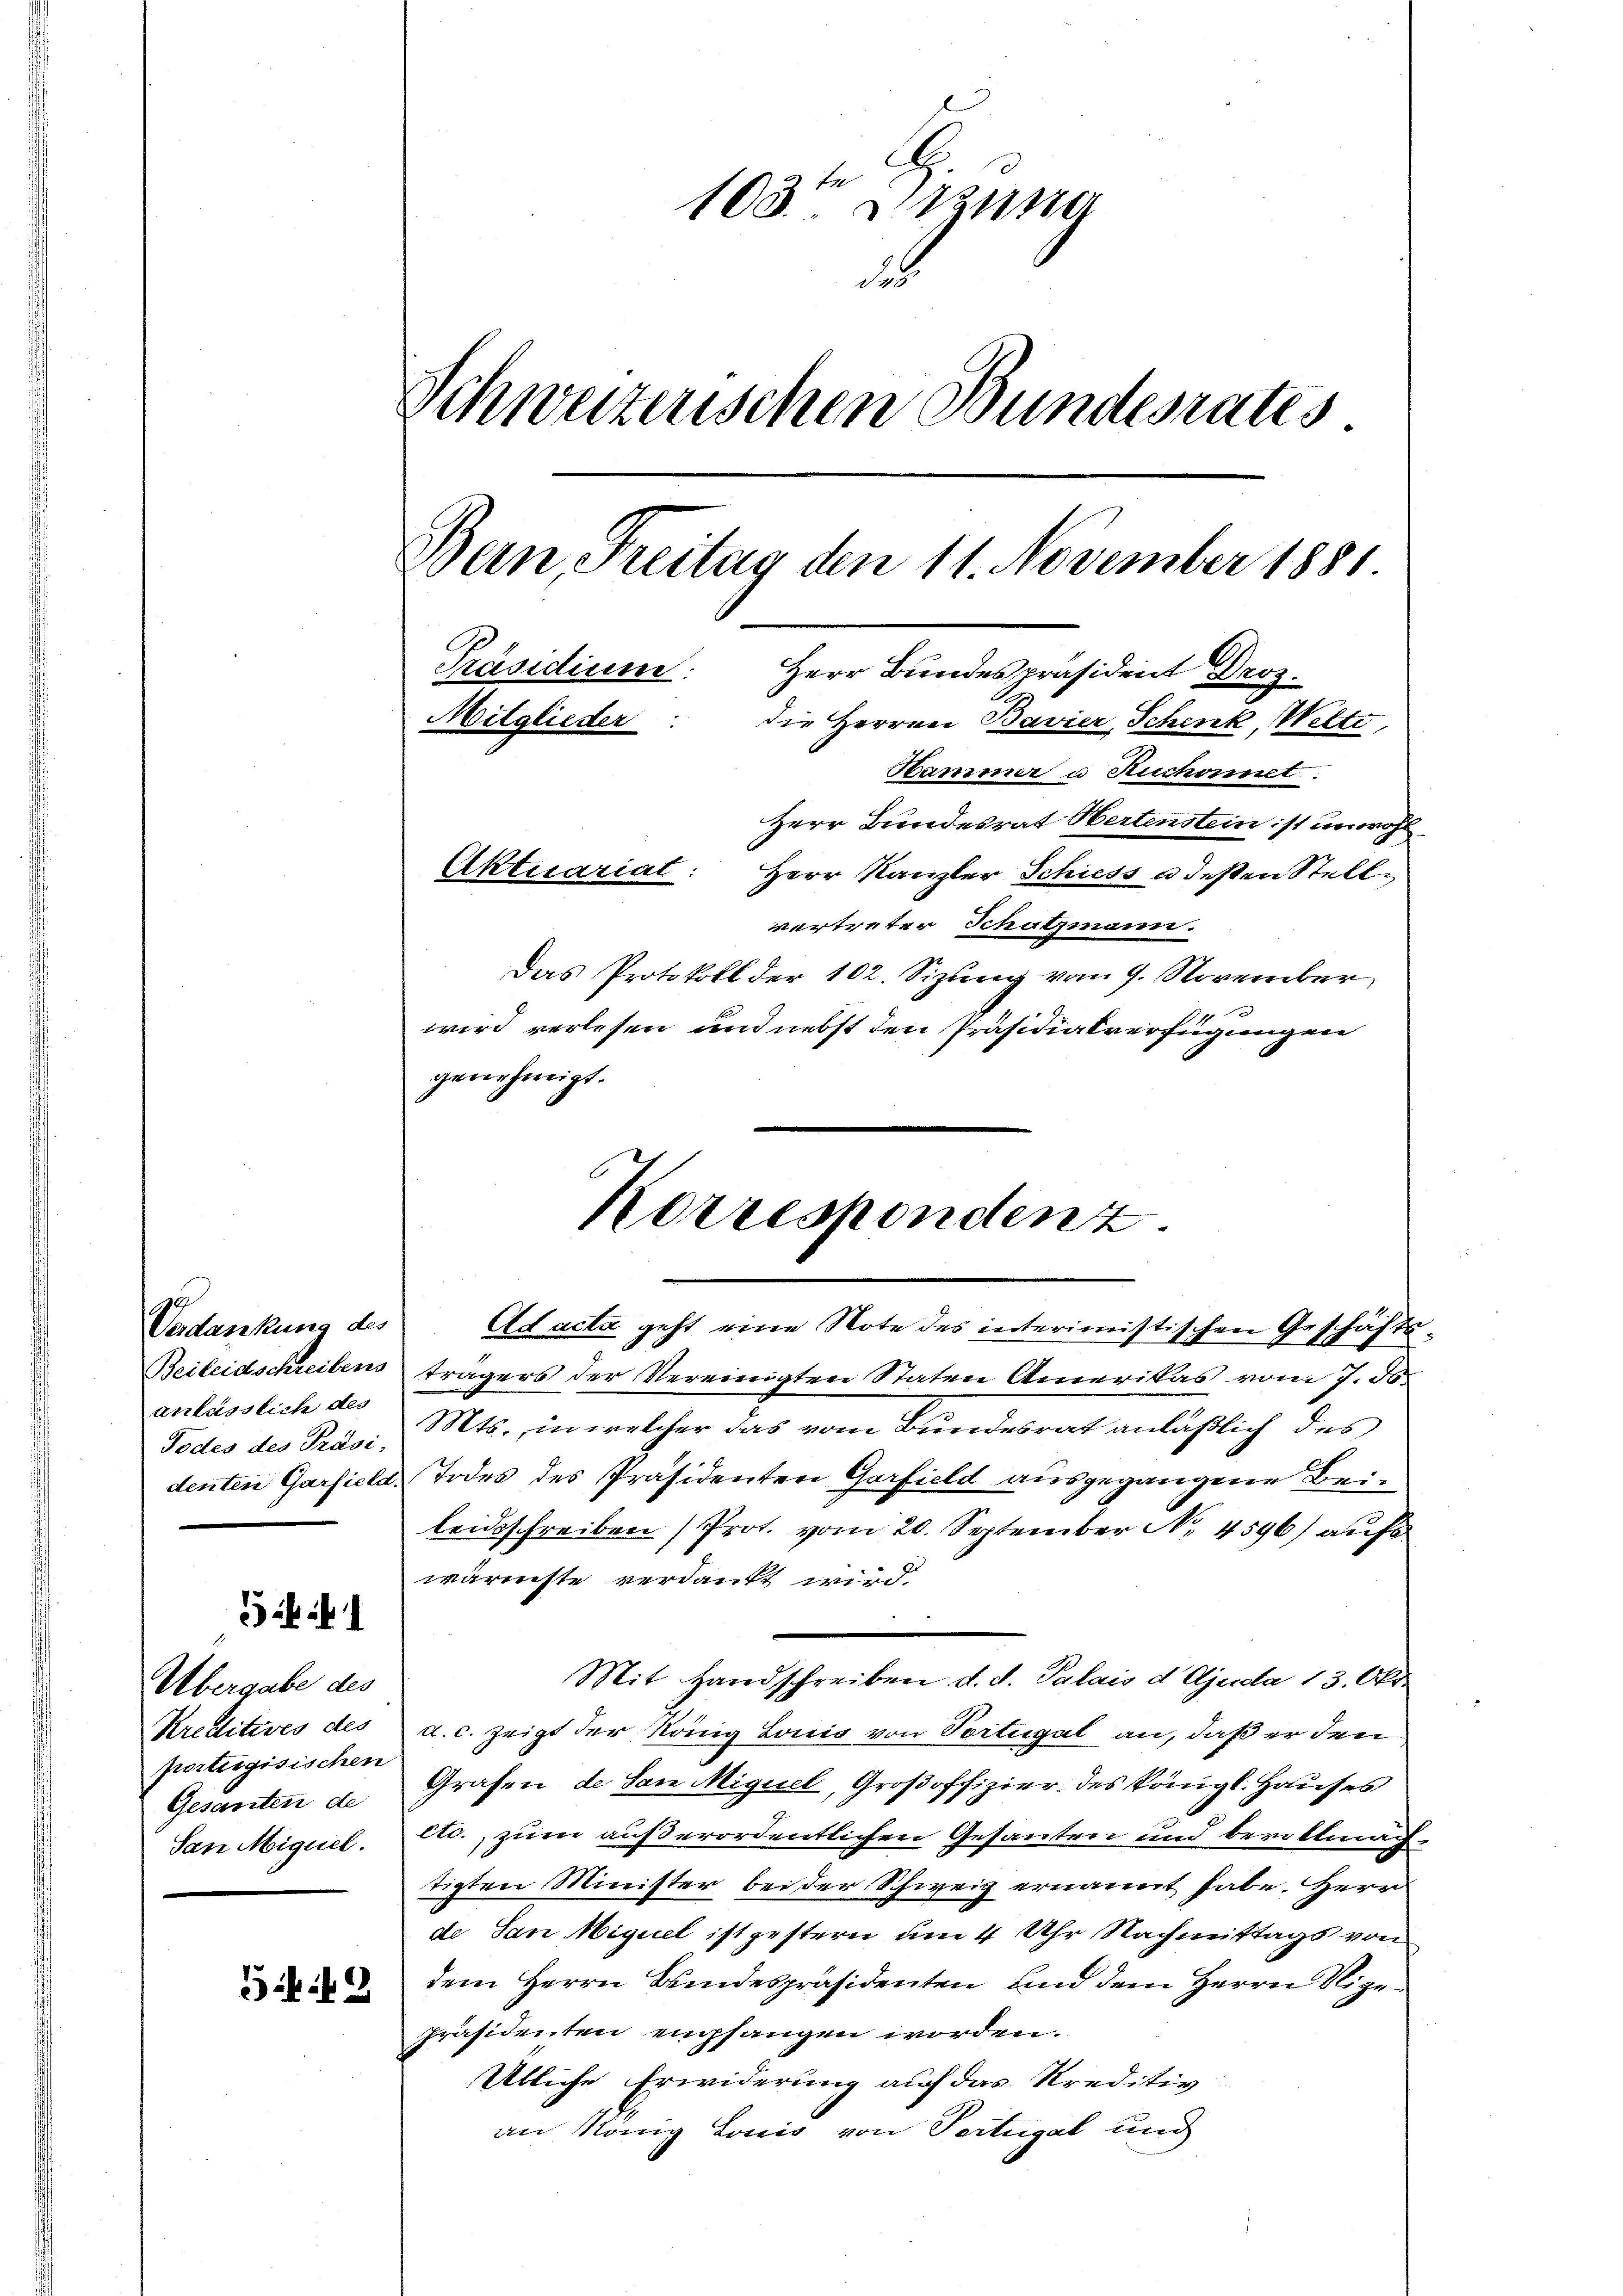
Verdankung des
anlässlich des

1

Übergabe des
Kreditives des
portugisischen
Gesanten de
San Miguel.

3

103ten Itzung
u
Schweizerischen Bundesrates
Bern, Freitag den 11. November 1881.
Präsidium:
Herr Bundespräsident Droz.
die Herren Bavier Schenk, Welte
Mitglieder
Hammer u Ruchont.
Herr Bundesrat Hertenstein ist unwohl¬
Aktuariat:
Herr Kanzler Schiess a deßen Stelle
vertreter Schatzmann.

Das Protokoll der 102. Sizung vom 9. November
wird verlesen und nebst den Präsidialverfügungen
genehmigt.

Korrespondenz.

Ad acta geht eine Note des interimistischen Geschäfts
Beileidschreibens trägers der Vereinigten Staten Amerikas vom 7. d.
Todes des Präsi. Mts., in welcher das vom Bundesrat anläßlich des
denten Garsiela, Todes des Präsidenten Garfield ausgegangene Beileidsschreiben (Prot. vom 20. September N. 4596) auf
wärmste verdankt wird.
a.c. zeigt der König Lonis von Vortugal an, daß er den
Grafen de San Miguel, Großoffizier des Königl. Hauses
etc., zum außerordentlichen Gesanten und bevollmächtigten Minister bei der Schweiz ernannt habe. Herr
de San Miguel ist gestern um 4 Uhr Nachmittags von
dem Herrn Bundespräsidenten, und dem Herrn Sigepräsidenten empfangen worden.
Übliche Erwiderung auf das Kreditiv
an Rang Louis von Pertugal und

Mit Handschreiben d. d. Palais d Ajuda 13. Okt.